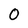
Character: 0